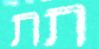
תת